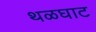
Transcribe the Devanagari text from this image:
थळघाट